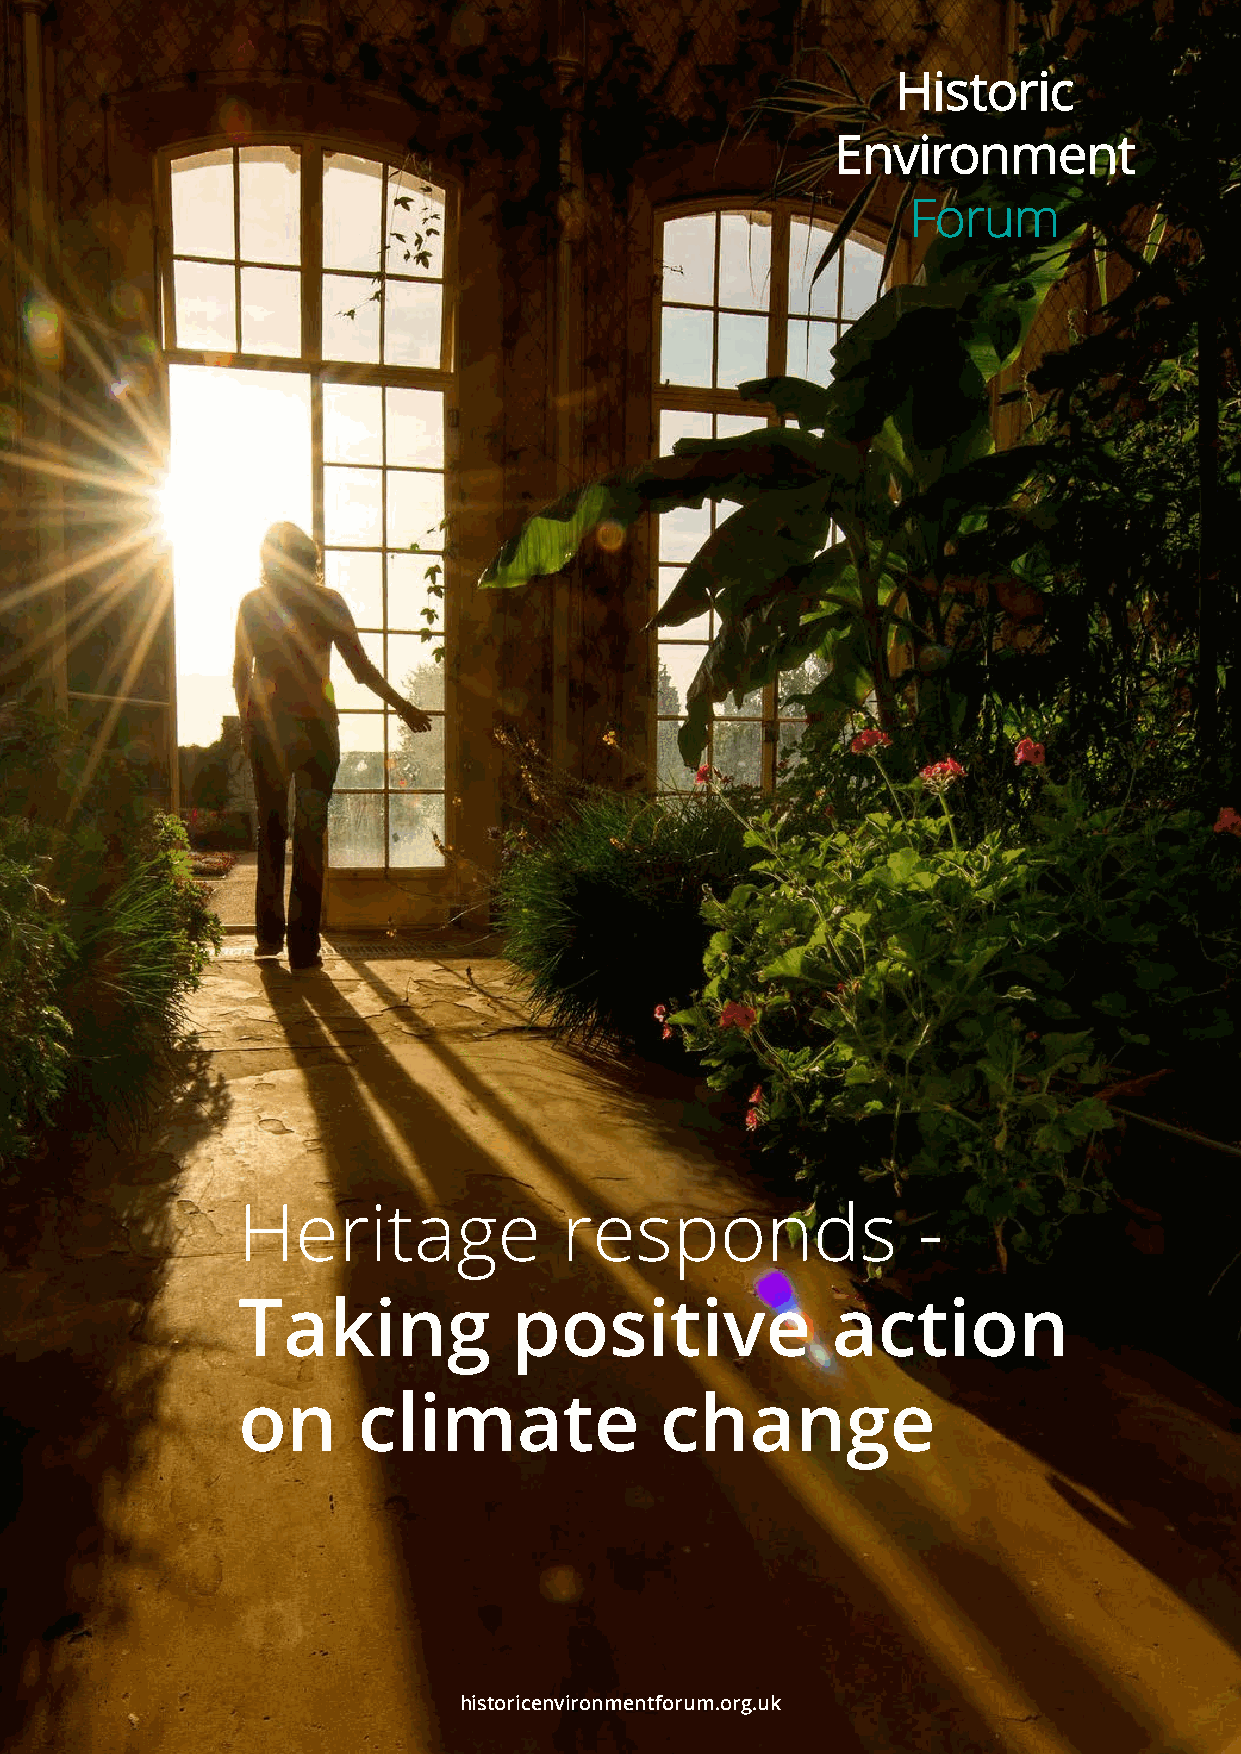
Heritage             responds                -
 Taking            positive             action
 on      climate             change
 Pioneering reseahrcihs taonrdi cinennovvairtioonn m Heernittafgoer ruemsp.oonrdgs. –u Tkaking positive action on climate change | 1